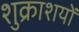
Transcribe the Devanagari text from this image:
शुक्राशयों